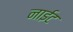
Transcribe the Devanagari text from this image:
नाईट